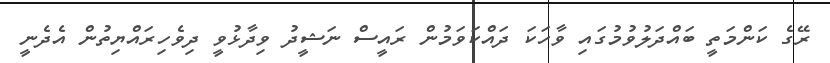
ރޭގެ ކަންމަތީ ބައްދަލުވުމުގައި ވާހަކަ ދައްކަވަމުން ރައީސް ނަޝީދު ވިދާޅުވީ ދިވެހިރައްޔިތުން އެދެނީ